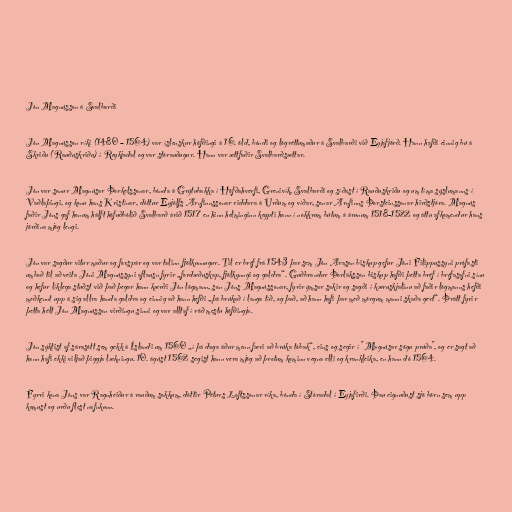
Jón Magnússon á Svalbarði

Jón Magnússon ríki (1480 – 1564) var íslenskur höfðingi á 16. öld, bóndi og lögréttumaður á Svalbarði við Eyjafjörð. Hann hafði einnig bú á
Skriðu (Rauðuskriðu) í Reykjadal og var stórauðugur. Hann var ættfaðir Svalbarðsættar.

Jón var sonur Magnúsar Þorkelssonar, bónda á Grýtubakka í Höfðahverfi, Grenivík, Svalbarði og síðast í Rauðuskriðu og um tíma sýslumanns í
Vaðlaþingi, og konu hans Kristínar, dóttur Eyjólfs Arnfinnssonar riddara á Urðum og víðar, sonar Arnfinns Þorsteinssonar hirðstjóra. Magnús
faðir Jóns gaf honum hálft höfuðbólið Svalbarð árið 1517 en hinn helminginn keypti hann í nokkrum bútum á árunum 1518-1522 og áttu afkomendur hans
jörðina mjög lengi.

Jón var sagður vitur maður og forspár og var talinn fjölkunnugur. Til er bréf frá 1543 þar sem Jón Arason biskup gefur Jóni Filippussyni prófasti
umboð til að veita Jóni Magnússyni aflausn fyrir „fordæðuskap, fjölkynngi og galdra“. Guðbrandur Þorláksson biskup hafði þetta bréf í bréfasafni sínu
og hefur líklega stuðst við það þegar hann kærði Jón lögmann, son Jóns Magnússonar, fyrir ýmsar sakir og sagði í kæruskjalinu að faðir lögmanns hefði
meðkennt upp á sig allra handa galdra og einnig að hann hefði „þá brúkað í langa tíð, og það, að hann hafi þar með mörgum manni skaða gert“. Þrátt fyrir
þetta hélt Jón Magnússon virðingu sinni og var alltaf í röð mestu höfðingja.

Jón sýktist af sárasótt sem gekk á Íslandi um 1560 „í þá daga áður menn færi að brúka tóbak“, eins og segir í "Magnúsar sögu prúða", og er sagt að
hann hafi ekki viljað þiggja lækningu. 10. ágúst 1562 segist hann vera mjög að þrotum kominn vegna elli og krankleika, en hann dó 1564.

Fyrri kona Jóns var Ragnheiður á rauðum sokkum, dóttir Péturs Loftssonar ríka, bónda í Stóradal í Eyjafirði. Þau eignuðust sjö börn sem upp
komust og urðu flest nafnkunn.